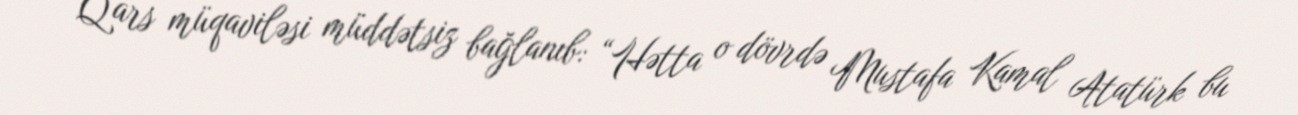
Qars müqaviləsi müddətsiz bağlanıb: “Hətta o dövrdə Mustafa Kamal Atatürk bu